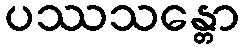
ပဿသန္တော